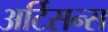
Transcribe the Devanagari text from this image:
अर्टिसन्स